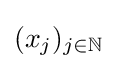
(x_{j})_{j\in \mathbb {N} }